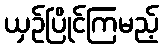
ယှဉ်ပြိုင်ကြမည့်